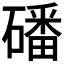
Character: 磻